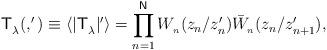
LaTeX: \begin{align*}\mathsf{T}_{\lambda }^{{\small }}(,^{\prime})\equiv \langle |\mathsf{T}_{\lambda }^{{\small }}|^{\prime }\rangle =\prod_{n=1}^{\mathsf{N}}W_{_{n}}(z_{n}/z_{n}^{\prime })\bar{W}_{_{n}}(z_{n}/z_{n+1}^{\prime}), \end{align*}